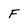
Character: F